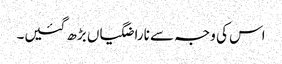
اس کی وجہ سے ناراضگیاں بڑھ گئیں۔